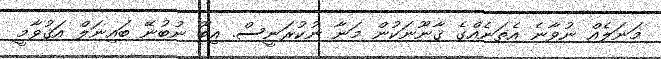
މަނަލެއް ނުވާނެ އެތަނެއްގެ ޤާނޫނަކުން މަނާ ނުކުރަނީސް. އިބޫ ނުބުނޭ ބައިނަލް އަޤުވާމީ